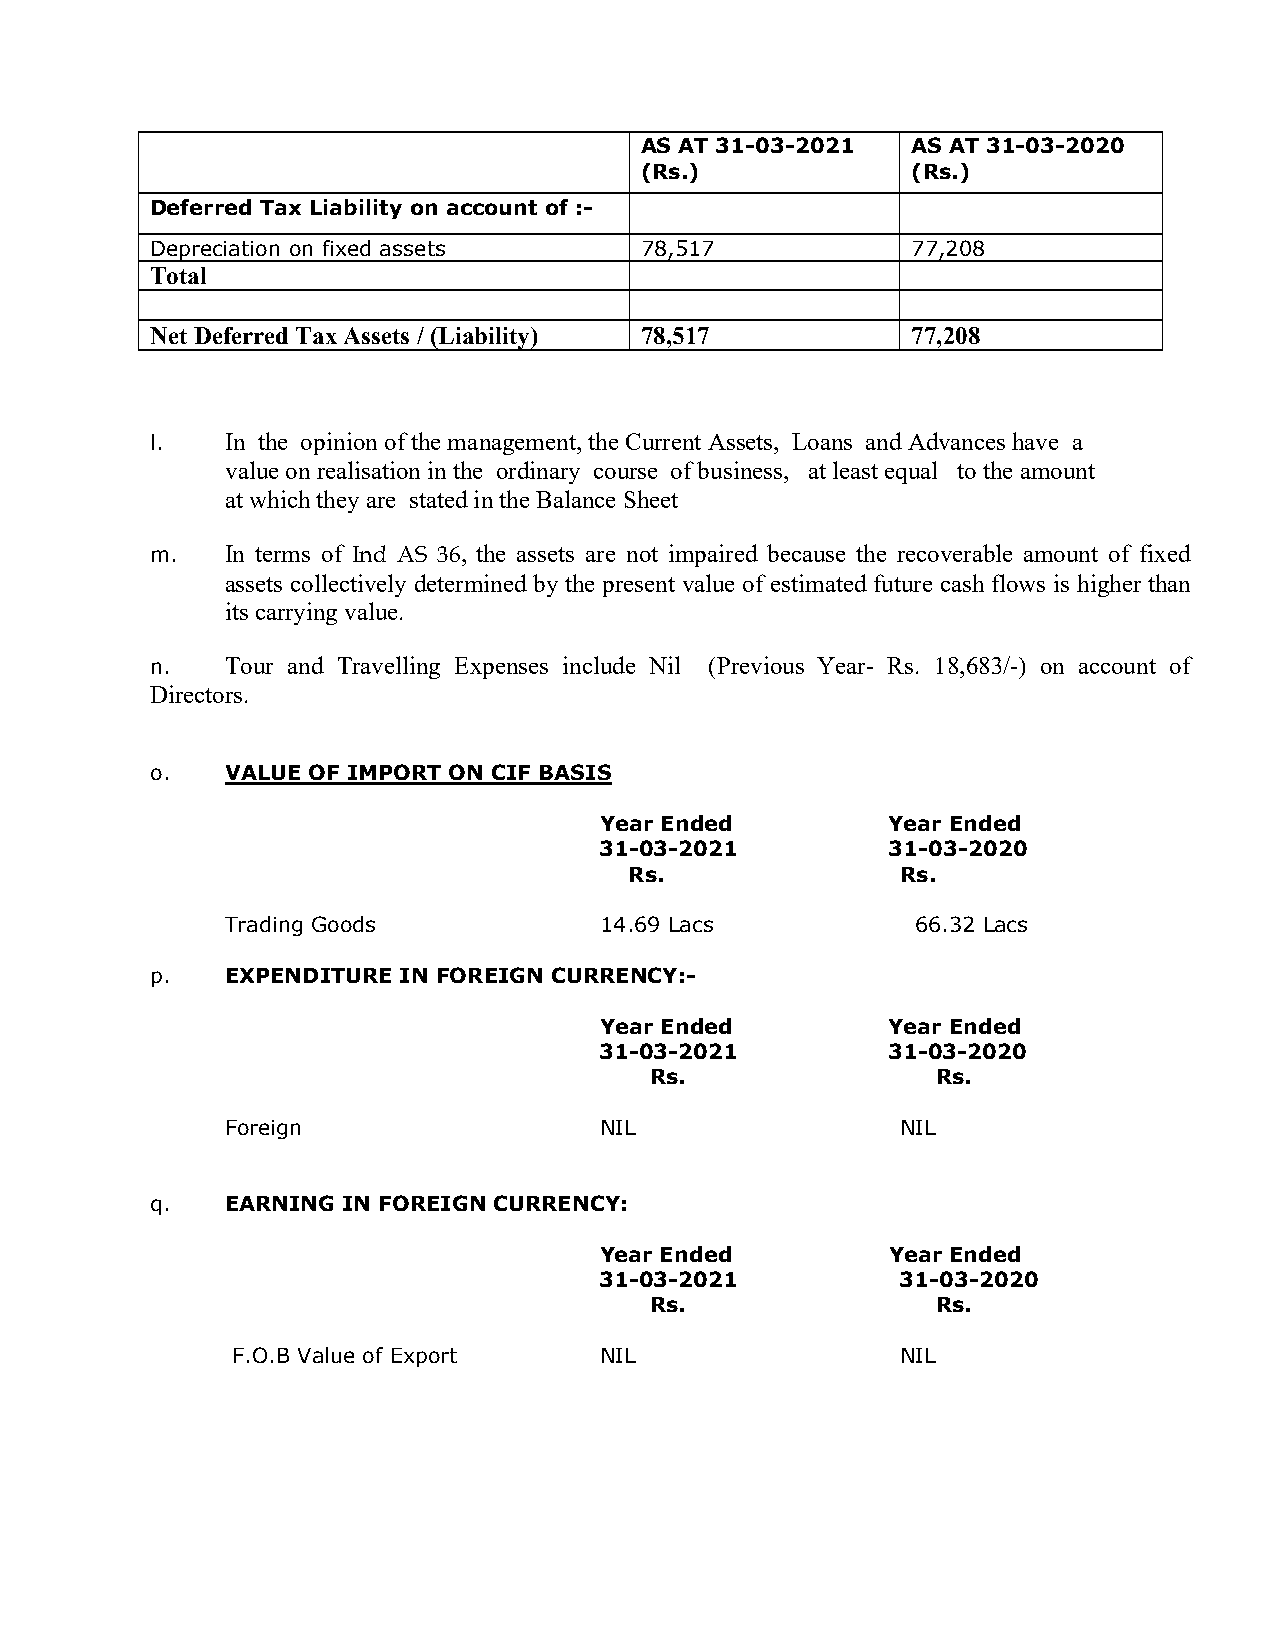
AS AT 31-03-2021  AS AT 31-03-2020
 (Rs.)             (Rs.)
 Deferred Tax Liability on account of :-
 Depreciation on fixed assets    78,517            77,208
 Total
 Net Deferred Tax Assets / (Liability) 78,517      77,208
 l.   In the opinion of the management, the Current Assets, Loans and Advances have a
 value on realisation in the ordinary course of business, at least equal to the amount
 at which they are stated in the Balance Sheet
 m.   In terms of Ind AS 36, the assets are not impaired because the recoverable amount of fixed
 assets collectively determined by the present value of estimated future cash flows is higher than
 its carrying value.
 n.   Tour and Travelling Expenses include Nil (Previous Year- Rs. 18,683/-) on account of
 Directors.
 o.   VALUE OF IMPORT ON CIF BASIS
 Year Ended         Year Ended
 31-03-2021         31-03-2020
 Rs.               Rs.
 Trading Goods            14.69 Lacs           66.32 Lacs
 p.   EXPENDITURE IN FOREIGN CURRENCY:-
 Year Ended         Year Ended
 31-03-2021         31-03-2020
 Rs.                Rs.
 Foreign                  NIL                 NIL
 q.   EARNING IN FOREIGN CURRENCY:
 Year Ended         Year Ended
 31-03-2021          31-03-2020
 Rs.                Rs.
 F.O.B Value of Export    NIL                 NIL